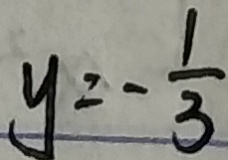
y = - \frac { 1 } { 3 }